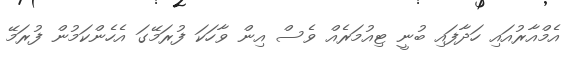
އެމްއާރުއައި ހަދާފައި ބުނީ ޓިއުމަރެއް ވެސް އިން ވާހަކަ ފުރަމޭގަ އެހެންކަމުން ފުރަމޭ